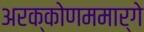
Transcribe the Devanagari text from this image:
अरक्कोणममार्गे